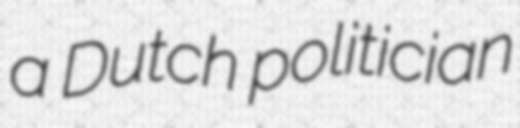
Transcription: a Dutch politician